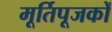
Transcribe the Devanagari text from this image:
मूर्तिपूजकों